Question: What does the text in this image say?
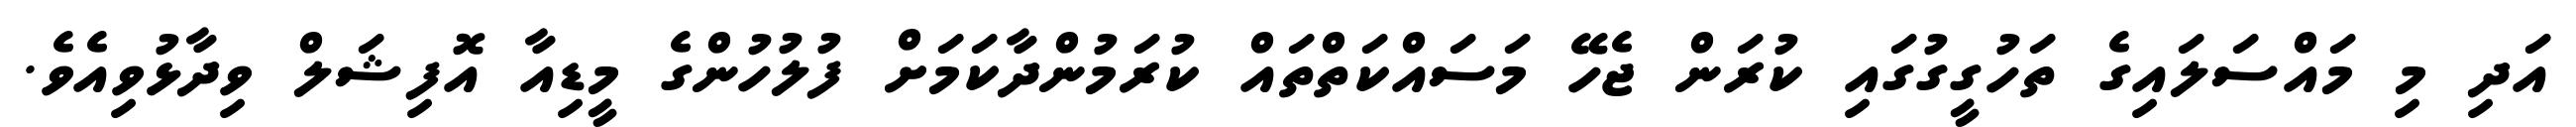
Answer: އަދި މި މައްސަލައިގެ ތަހުގީގުގައި ކުރަން ޖެހޭ މަސައްކަތްތައް ކުރަމުންދާކަމަށް ފުލުހުންގެ މީޑިއާ އޮފިޝަލް ވިދާޅުވިއެވެ.